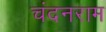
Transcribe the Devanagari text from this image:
चंदनराम